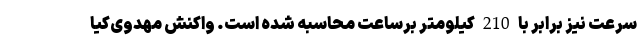
سرعت نیز برابر با 210 کیلومتر برساعت محاسبه شده است. واکنش مهدوی‌کیا